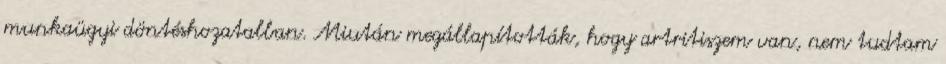
munkaügyi döntéshozatalban. Miután megállapították, hogy artritiszem van, nem tudtam